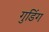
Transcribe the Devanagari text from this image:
गुडिंग